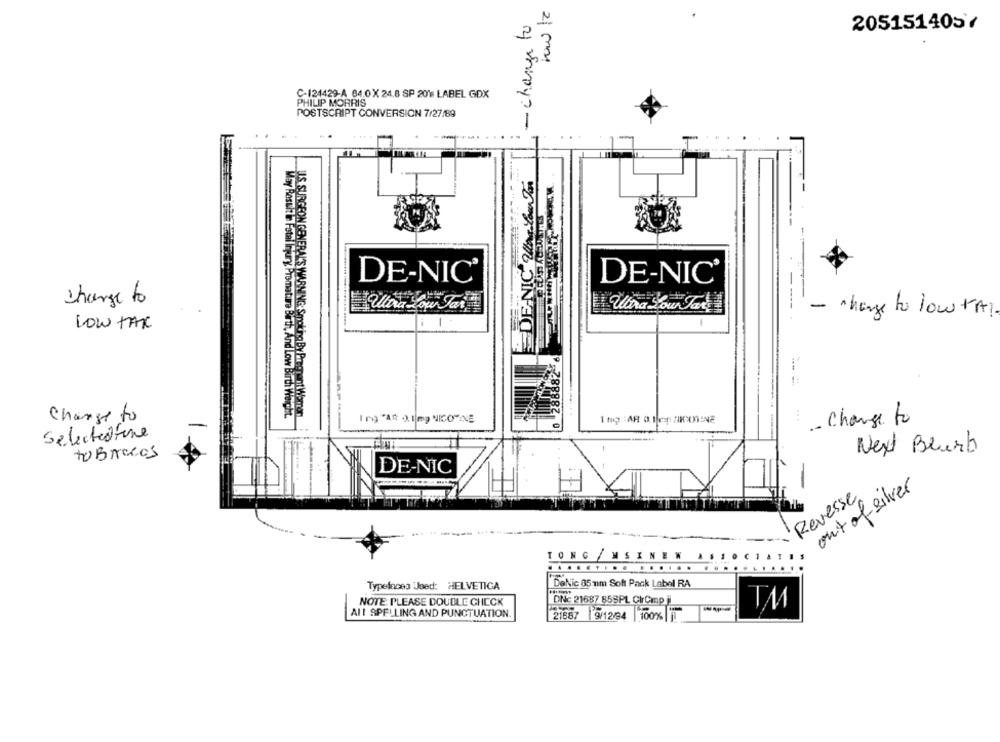
- change to
N
2051514057
C-124429-A 64.0X 24.8 SP 2018 LABEL GDX
PHILIP MORRIS
POSTSCRIPT CONVERSION 7/27/89
DE-NIC War You For
DE-NIC'
DE-NIC'
change to
Wina You Jan
- charge to low TA .
LOW TAX
ULS SURGEON GENERAL'S WARNING: Smoking By Proprent Worker
y Result in Fotal Injury Premature Birth, And Low Birth Weight
Change to
Ing "AR 0.1|mg NICO"NE
- Change to
Selectedfine
Next Blurb
to Brecos
DE-NIC
-
out of silver
Reverse
TONG /MSINEW
..
..
Typefaces Jaed: HELVETICA
DaNic 85 mm Soft Pack Label RA
NOTE: PLEASE DOUBLE CHECK
DNc 21687 855PL CirCmp
ALI SPELLING AND PUNCTUATION.
21687
9/12/94
100%